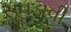
સૂવડાવી